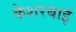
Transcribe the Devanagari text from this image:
केशरबाई